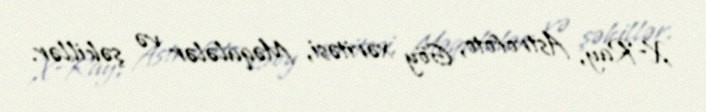
X-Ray, Astrofoto, Göy xəritəsi, Məqalələr və şəkillər.